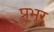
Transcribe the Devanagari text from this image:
प्रभूर